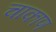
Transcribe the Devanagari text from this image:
चाकाण